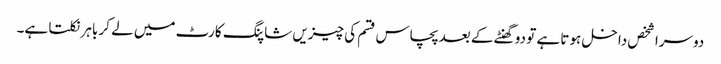
دوسرا شخص داخل ہوتا ہے تو دو گھنٹے کے بعد پچاس قسم کی چیزیں شاپنگ کارٹ میں لے کر باہر نکلتا ہے۔